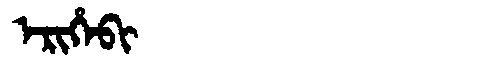
Manchu: ᡝᡵᡳᡥᡝᠪᡳ
Romanization: ERIHEBI